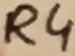
Text: R4